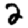
Digit: 2